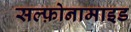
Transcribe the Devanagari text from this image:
सल्फ़ोनामाइड